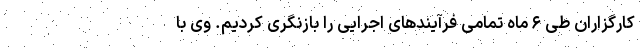
کارگزاران طی ۶ ماه تمامی فرآیندهای اجرایی را بازنگری کردیم. وی با